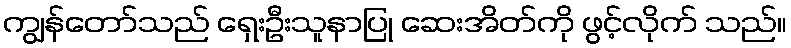
ကျွန်တော်သည် ရှေးဦးသူနာပြု ဆေးအိတ်ကို ဖွင့်လိုက် သည်။